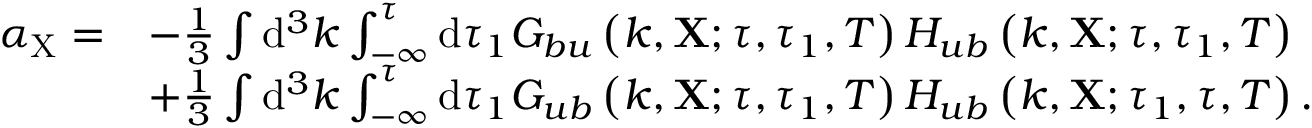
\begin{array} { r l } { \alpha _ { \mathrm { X } } = } & { - \frac { 1 } { 3 } \int \mathrm { d } ^ { 3 } k \int _ { - \infty } ^ { \tau } \mathrm { d } \tau _ { 1 } G _ { b u } \left( k , \mathbf { X } ; \tau , \tau _ { 1 } , T \right) H _ { u b } \left( k , \mathbf { X } ; \tau , \tau _ { 1 } , T \right) } \\ & { + \frac { 1 } { 3 } \int \mathrm { d } ^ { 3 } k \int _ { - \infty } ^ { \tau } \mathrm { d } \tau _ { 1 } G _ { u b } \left( k , \mathbf { X } ; \tau , \tau _ { 1 } , T \right) H _ { u b } \left( k , \mathbf { X } ; \tau _ { 1 } , \tau , T \right) . } \end{array}